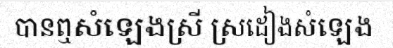
បានឮសំឡេងស្រី ស្រដៀងសំឡេង